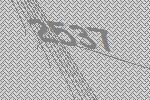
2537